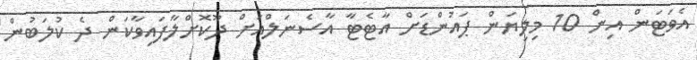
އެވަޓަން އިން 10 މިލިޔަން ޕައުންޑަށް އާޓެޓާ އާސެނަލްއަށް ދޫކޮށްލާފައިވާކަން ދެ ކުލަބުން